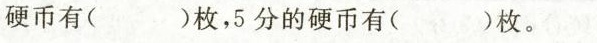
硬币有( )枚，5分的硬币有( )枚。